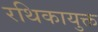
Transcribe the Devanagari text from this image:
रथिकायुक्त